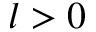
l > 0